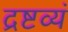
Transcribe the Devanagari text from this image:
द्रष्टव्यं